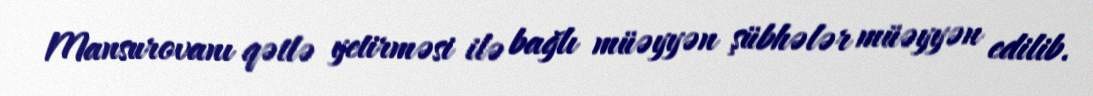
Mansurovanı qətlə yetirməsi ilə bağlı müəyyən şübhələr müəyyən edilib.